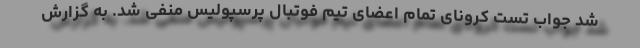
شد جواب تست کرونای تمام اعضای تیم فوتبال پرسپولیس منفی شد. به گزارش